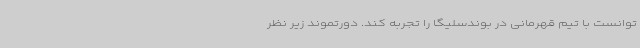
توانست با تیم قهرمانی در بوندسلیگا را تجربه کند. دورتموند زیر نظر